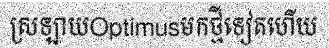
ស្រឡាយOptimusមកថ្មីទៀតហើយ